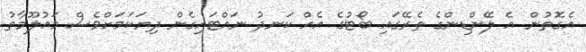
އެގޮތުން އެ ލޭންޑިންގެ ތެރޭގައި ބޯޓުގެ އެއް ކަނދު ނައްޓައިގެން ދިޔަކަމަށްވެސް މައުލޫމާތު